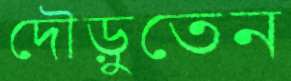
দৌড়ুতেন